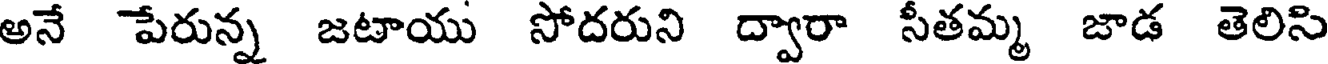
అనే పేరున్న జటాయు సోదరుని ద్వారా సీతమ్మ జాడ తెలిసి